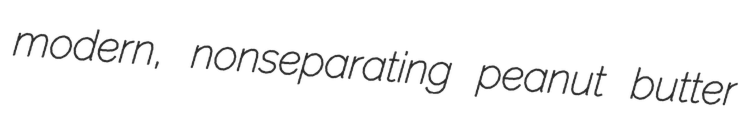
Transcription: modern, nonseparating peanut butter